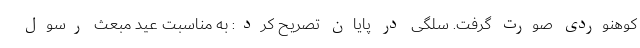
کوهنوردی صورت گرفت. سلگی در پایان تصریح کرد: به مناسبت عید مبعث رسول